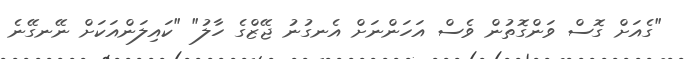
"ގެއަށް ގޮސް ވަންގޮތުން ވެސް އަހަންނަށް އެނގުނު ޖޭޒްގެ ހާލު" "ކައިލަންއަކަށް ނޭނގޭނެ